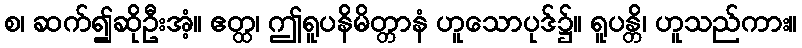
စ၊ ဆက်၍ဆိုဦးအံ့။ ဧတ္ထ၊ ဤရူပနိမိတ္တာနံ ဟူသောပုဒ်၌။ ရူပန္တိ၊ ဟူသည်ကား။